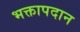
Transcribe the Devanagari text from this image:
भक्तापदान